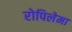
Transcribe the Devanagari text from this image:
रोपिलेमा